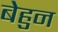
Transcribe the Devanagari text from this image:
बेहुन